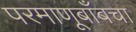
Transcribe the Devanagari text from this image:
परमाणूबाँबचा